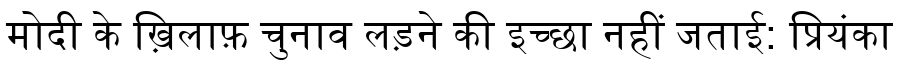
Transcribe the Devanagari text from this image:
मोदी के ख़िलाफ़ चुनाव लड़ने की इच्छा नहीं जताई: प्रियंका